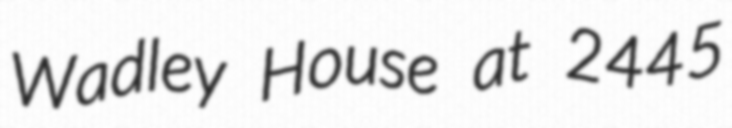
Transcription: Wadley House at 2445